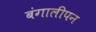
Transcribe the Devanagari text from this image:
बंगालीपन